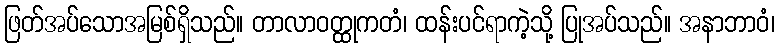
ဖြတ်အပ်သောအမြစ်ရှိသည်။ တာလာဝတ္ထုကတံ၊ ထန်းပင်ရာကဲ့သို့ ပြုအပ်သည်။ အနာဘာဝံ၊